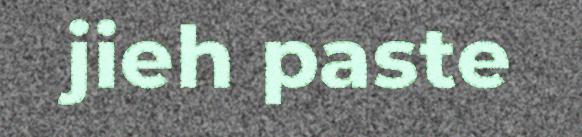
jieh paste